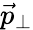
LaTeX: \vec{p}_{\perp}